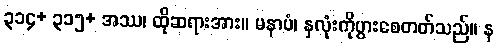
၃၁၄+ ၃၁၅+ အဿ၊ ထိုဆရားအား။ မနာပံ၊ နှလုံးကိုပွားစေတတ်သည်။ န